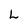
Character: L